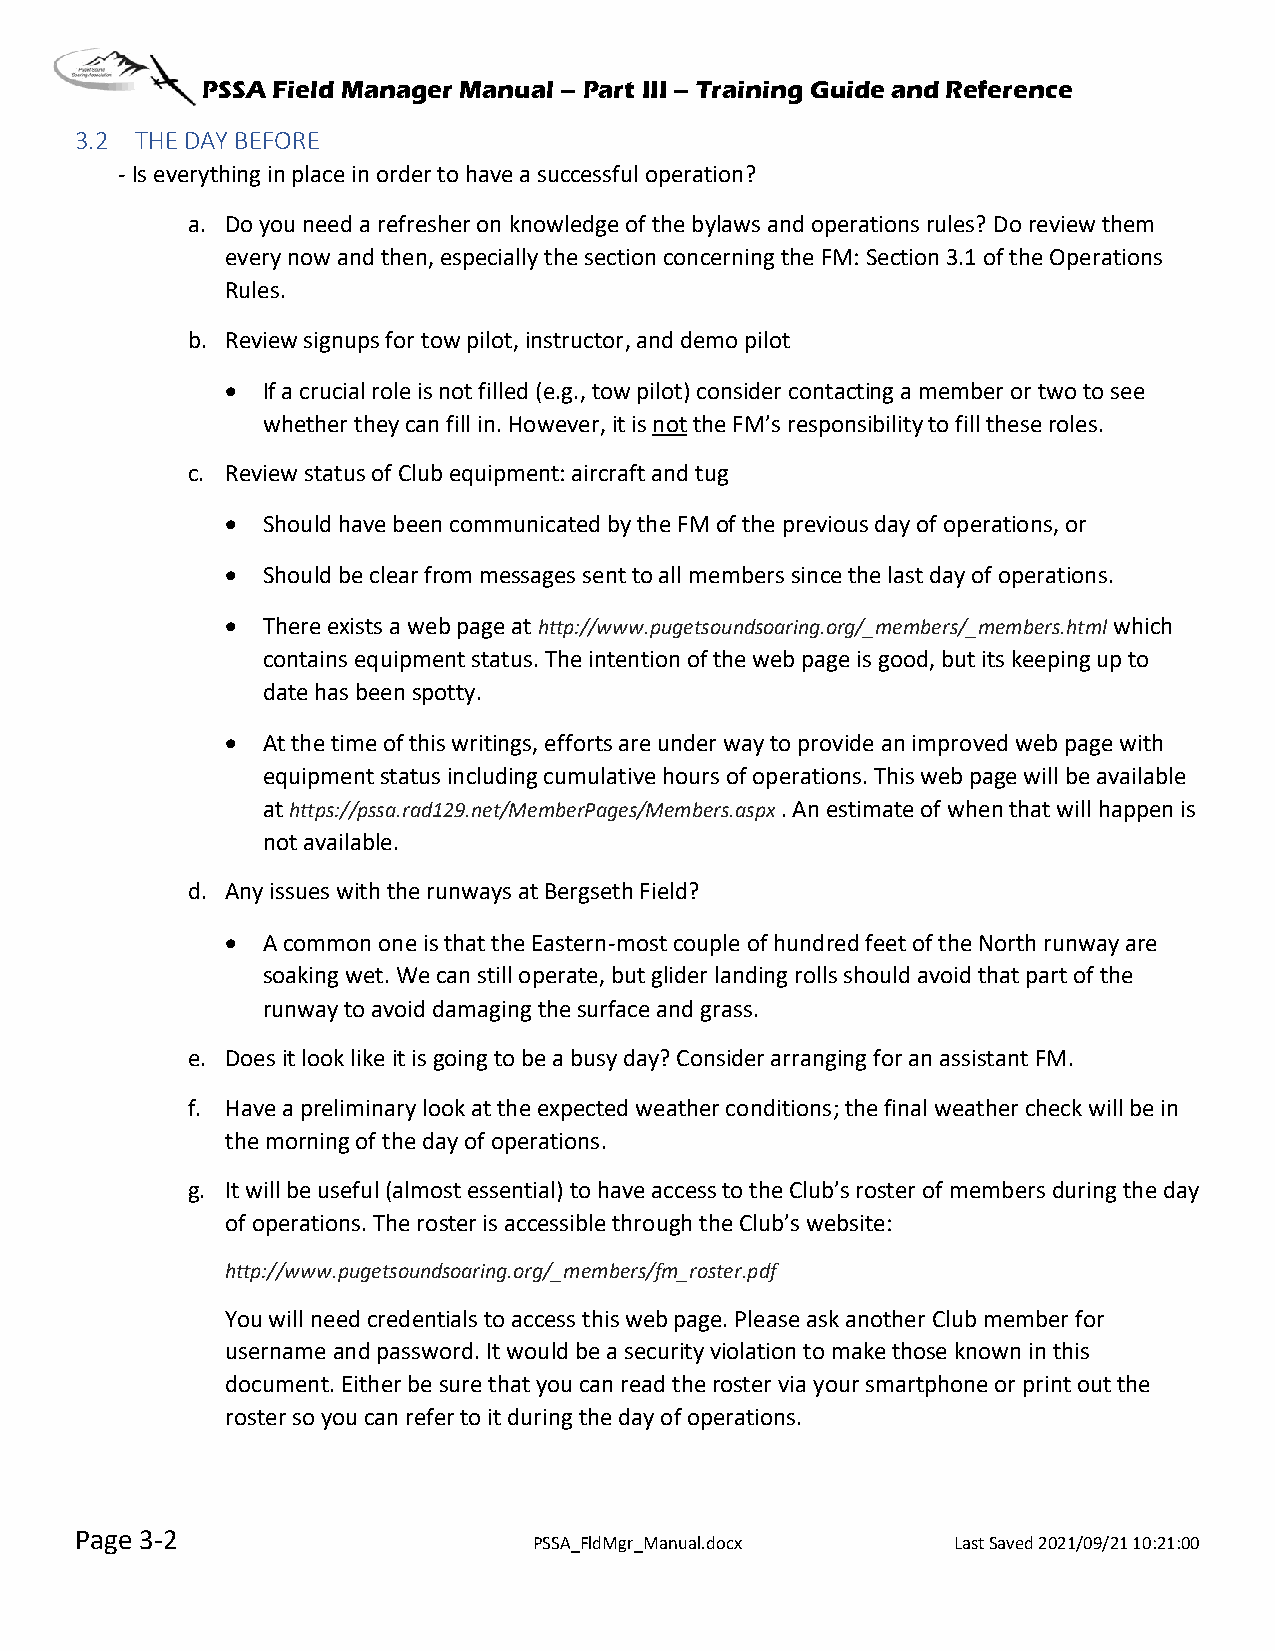
PSSA Field Manager Manual – Part III – Training Guide and Reference
 3.2 THE DAY BEFORE
 - Is everything in place in order to have a successful operation?
 a. Do you need a refresher on knowledge of the bylaws and operations rules? Do review them
 every now and then, especially the section concerning the FM: Section 3.1 of the Operations
 Rules.
 b. Review signups for tow pilot, instructor, and demo pilot
 • If a crucial role is not filled (e.g., tow pilot) consider contacting a member or two to see
 whether they can fill in. However, it is not the FM’s responsibility to fill these roles.
 c. Review status of Club equipment: aircraft and tug
 • Should have been communicated by the FM of the previous day of operations, or
 • Should be clear from messages sent to all members since the last day of operations.
 • There exists a web page at http://www.pugetsoundsoaring.org/_members/_members.html which
 contains equipment status. The intention of the web page is good, but its keeping up to
 date has been spotty.
 • At the time of this writings, efforts are under way to provide an improved web page with
 equipment status including cumulative hours of operations. This web page will be available
 at https://pssa.rad129.net/MemberPages/Members.aspx . An estimate of when that will happen is
 not available.
 d. Any issues with the runways at Bergseth Field?
 • A common one is that the Eastern-most couple of hundred feet of the North runway are
 soaking wet. We can still operate, but glider landing rolls should avoid that part of the
 runway to avoid damaging the surface and grass.
 e. Does it look like it is going to be a busy day? Consider arranging for an assistant FM.
 f. Have a preliminary look at the expected weather conditions; the final weather check will be in
 the morning of the day of operations.
 g. It will be useful (almost essential) to have access to the Club’s roster of members during the day
 of operations. The roster is accessible through the Club’s website:
 http://www.pugetsoundsoaring.org/_members/fm_roster.pdf
 You will need credentials to access this web page. Please ask another Club member for
 username and password. It would be a security violation to make those known in this
 document. Either be sure that you can read the roster via your smartphone or print out the
 roster so you can refer to it during the day of operations.
 Page 3-2
 PSSA_FldMgr_Manual.docx     Last Saved 2021/09/21 10:21:00